Indian Civil Veterinary Department memoirs
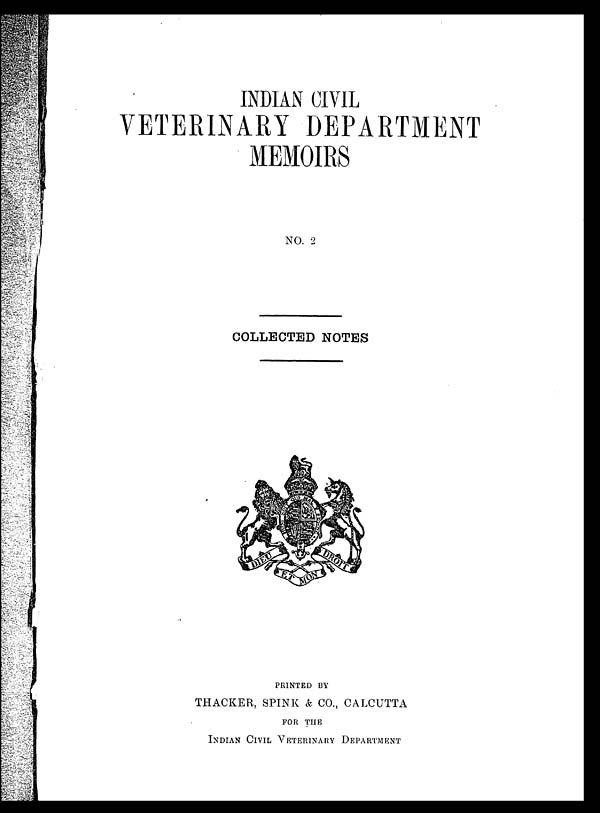
INDIAN CIVIL
VETERINARY DEPARTMENT
MEMOIRS
NO. 2
COLLECTED NOTES
PRINTED BY
THACKER, SPINK & CO., CALCUTTA
FOR THE
INDIAN CIVIL VETERINARY DEPARTMENT